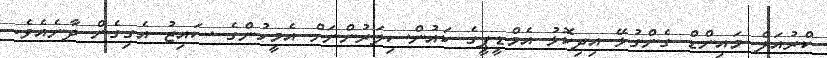
ކްރުއަލް މައިންޑް ގެންގުޅޭ އިދިކޮޅު އެމްޑީޕީގެ ކައުންސިލަރުންނަށް އެމީހުންގެ ސައިޒު އެގިގެން ދާނެއެވެ.